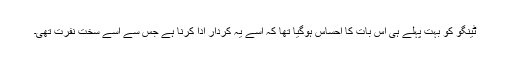
ٹینگو کو بہت پہلے ہی اس بات کا احساس ہوگیا تھا کہ اسے یہ کردار ادا کرنا ہے جس سے اسے سخت نفرت تھی۔